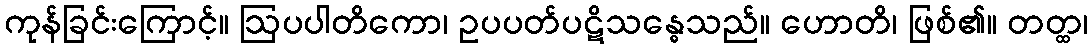
ကုန်ခြင်းကြောင့်။ ဩပပါတိကော၊ ဥပပတ်ပဋိသန္ဓေသည်။ ဟောတိ၊ ဖြစ်၏။ တတ္ထ၊